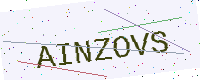
Text: AINZOVS